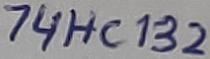
Text: 74HC132